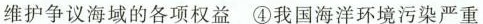
维护争议海域的各项权益 ④我国海洋环境污染严重